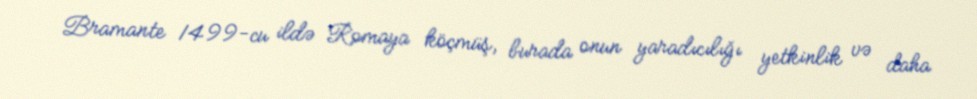
Bramante 1499-cu ildə Romaya köçmüş, burada onun yaradıcılığı yetkinlik və daha